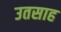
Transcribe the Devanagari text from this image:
उतसाह